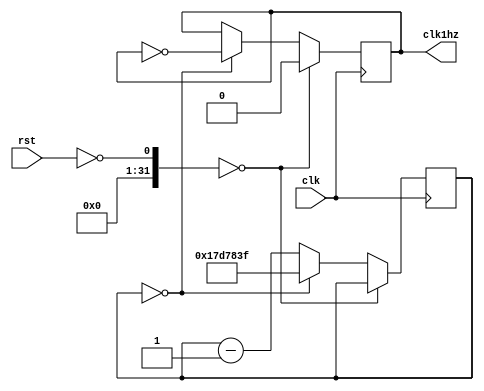
`timescale 1ns / 1ps
//////////////////////////////////////////////////////////////////////////////////
// Company: 
// Engineer: 
// 
// Design Name: 
// Module Name:    clk1h 
// Project Name: 
// Target Devices: 
// Tool versions: 
// Description: 
//
// Dependencies: 
//
// Revision: 
// Revision 0.01 - File Created
// Additional Comments: 
//
//////////////////////////////////////////////////////////////////////////////////
module clk1h(input clk, input rst, output clk1hz);
	 reg clk1hnew;
	 reg[24:0] counter;
	 
	 initial begin 
		counter = 0;
		clk1hnew = 0;
	 end
	 
	 always @(posedge clk)
	 begin
		if(!rst==0)
			clk1hnew <= 0;
		else if (counter==0)
			 begin
				counter <= 24999999;
				clk1hnew <= ~clk1hz;
			 end
		else
			counter <= counter - 1;
	 end	
	 assign clk1hz = clk1hnew;
endmodule